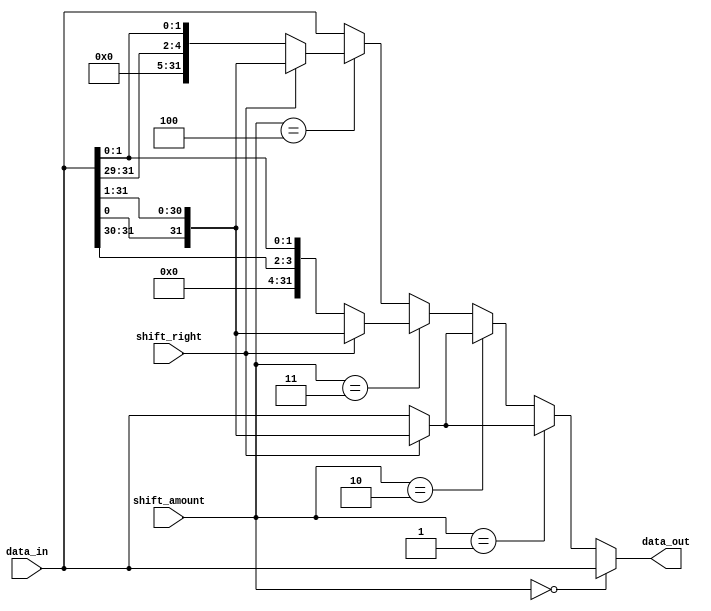
module Barrel_Shifter(
    input [31:0] data_in,
    input [4:0] shift_amount,
    input shift_right,
    output [31:0] data_out
);

reg [31:0] stage0_out, stage1_out, stage2_out, stage3_out, stage4_out;

always @(*) begin
    case(shift_amount)
        0: begin
            stage0_out = data_in;
            stage1_out = data_in;
            stage2_out = data_in;
            stage3_out = data_in;
            stage4_out = data_in;
        end
        
        1: begin
            if(shift_right)
                stage0_out = {data_in[0], data_in[31:1]};
            else
                stage0_out = {data_in[1:31], data_in[0]};
            
            stage1_out = stage0_out;
            stage2_out = stage0_out;
            stage3_out = stage0_out;
            stage4_out = stage0_out;
        end
        
        2: begin
            if(shift_right) begin
                stage0_out = {data_in[1:0], data_in[31:2]};
                stage1_out = {data_in[0], data_in[31:1]};
            end
            else begin
                stage0_out = {data_in[2:31], data_in[0:1]};
                stage1_out = {data_in[31], data_in[0:30]};
            end
            
            stage2_out = stage1_out;
            stage3_out = stage1_out;
            stage4_out = stage1_out;
        end
        
        3: begin
            if(shift_right) begin
                stage0_out = {data_in[2:0], data_in[31:3]};
                stage1_out = {data_in[1:0], data_in[31:2]};
                stage2_out = {data_in[0], data_in[31:1]};
            end
            else begin
                stage0_out = {data_in[3:31], data_in[0:2]};
                stage1_out = {data_in[31], data_in[0:29]};
                stage2_out = {data_in[30:31], data_in[0:1]};
            end
            
            stage3_out = stage2_out;
            stage4_out = stage2_out;
        end
        
        4: begin
            if(shift_right) begin
                stage0_out = {data_in[3:0], data_in[31:4]};
                stage1_out = {data_in[2:0], data_in[31:3]};
                stage2_out = {data_in[1:0], data_in[31:2]};
                stage3_out = {data_in[0], data_in[31:1]};
            end
            else begin
                stage0_out = {data_in[4:31], data_in[0:3]};
                stage1_out = {data_in[31], data_in[0:28]};
                stage2_out = {data_in[30:31], data_in[0:2]};
                stage3_out = {data_in[29:31], data_in[0:1]};
            end
            
            stage4_out = stage3_out;
        end
        
        default: begin
            stage0_out = data_in;
            stage1_out = data_in;
            stage2_out = data_in;
            stage3_out = data_in;
            stage4_out = data_in;
        end
    endcase
end

assign data_out = (shift_amount == 0) ? data_in :
                   (shift_amount == 1) ? stage0_out : 
                   (shift_amount == 2) ? stage1_out : 
                   (shift_amount == 3) ? stage2_out : 
                   (shift_amount == 4) ? stage3_out : stage4_out;

endmodule